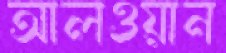
আলওয়ান